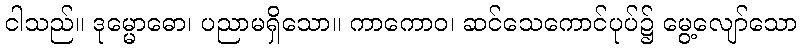
ငါသည်။ ဒုမ္မောဓော၊ ပညာမရှိသော။ ကာကောဝ၊ ဆင်သေကောင်ပုပ်၌ မွေ့လျော်သော